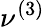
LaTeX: \nu^{(3)}